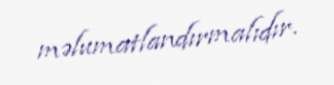
məlumatlandırmalıdır.